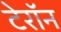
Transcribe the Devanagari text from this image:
टेरॉन